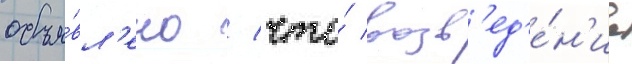
объя́вл'ено / что́ возв'ед'е́н'ие